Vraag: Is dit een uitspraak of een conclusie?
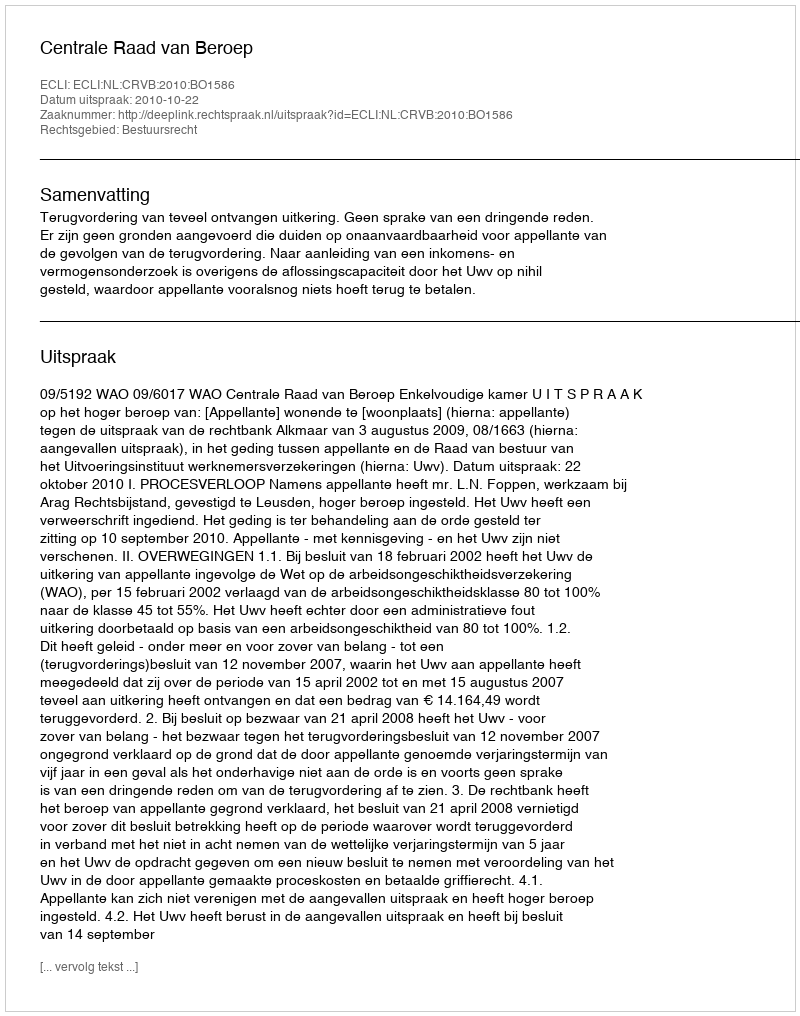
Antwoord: Uitspraak